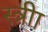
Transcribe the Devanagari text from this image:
स्त्रीा